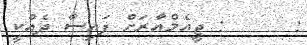
:      : ޖީއެމްއާރަށް ފައިސާ ދެއްކީ